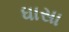
ધાસા